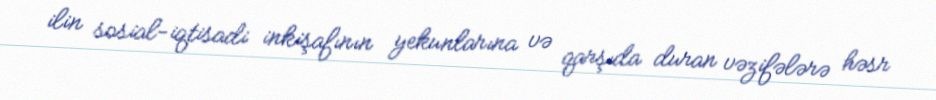
ilin sosial-iqtisadi inkişafının yekunlarına və qarşıda duran vəzifələrə həsr